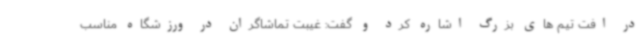
در افت تیم های بزرگ اشاره کرد و گفت: غیبت تماشاگران در ورزشگاه مناسب